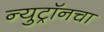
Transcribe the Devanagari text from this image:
न्युट्रॉनचा